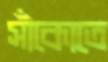
সাঁকোতে